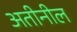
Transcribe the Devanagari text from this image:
अतीनील